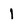
Character: l